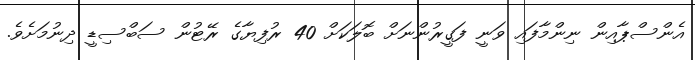
އެންސްޕާއިން ނިންމާފައި ވަނީ ފަގީރުންނަށް ބޮލަކަށް 40 ރުފިޔާގެ ރޭޓުން ސަބްސިޑީ ދިނުމަށެވެ.